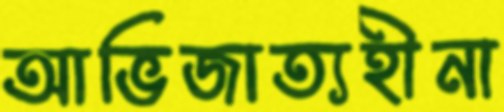
আভিজাত্যহীনা